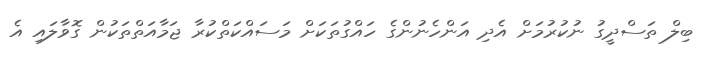
ބިލް ތަސްދީގު ނުކުރުމަށް އެދި އަންހެނުންގެ ހައްގުތަކަށް މަސައްކަތްކުރާ ޖަމާއަތްތަކުން ގޮވާލައި އެ